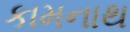
કામનાથ